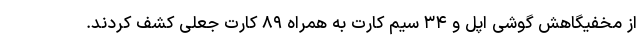
از مخفیگاهش گوشی اپل و ۳۴ سیم کارت به همراه ۸۹ کارت جعلی کشف کردند.